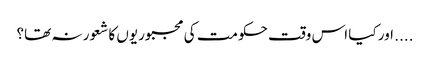
.... اور کیا اس وقت حکومت کی مجبوریوں کا شعور نہ تھا؟